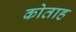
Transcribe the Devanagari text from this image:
कोताह